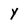
Character: Y